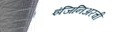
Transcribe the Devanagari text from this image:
इंजिनिअरची